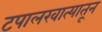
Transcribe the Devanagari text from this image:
टपालखात्यातून